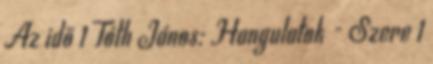
Az idő 1 Tóth János: Hangulatok - Szere 1